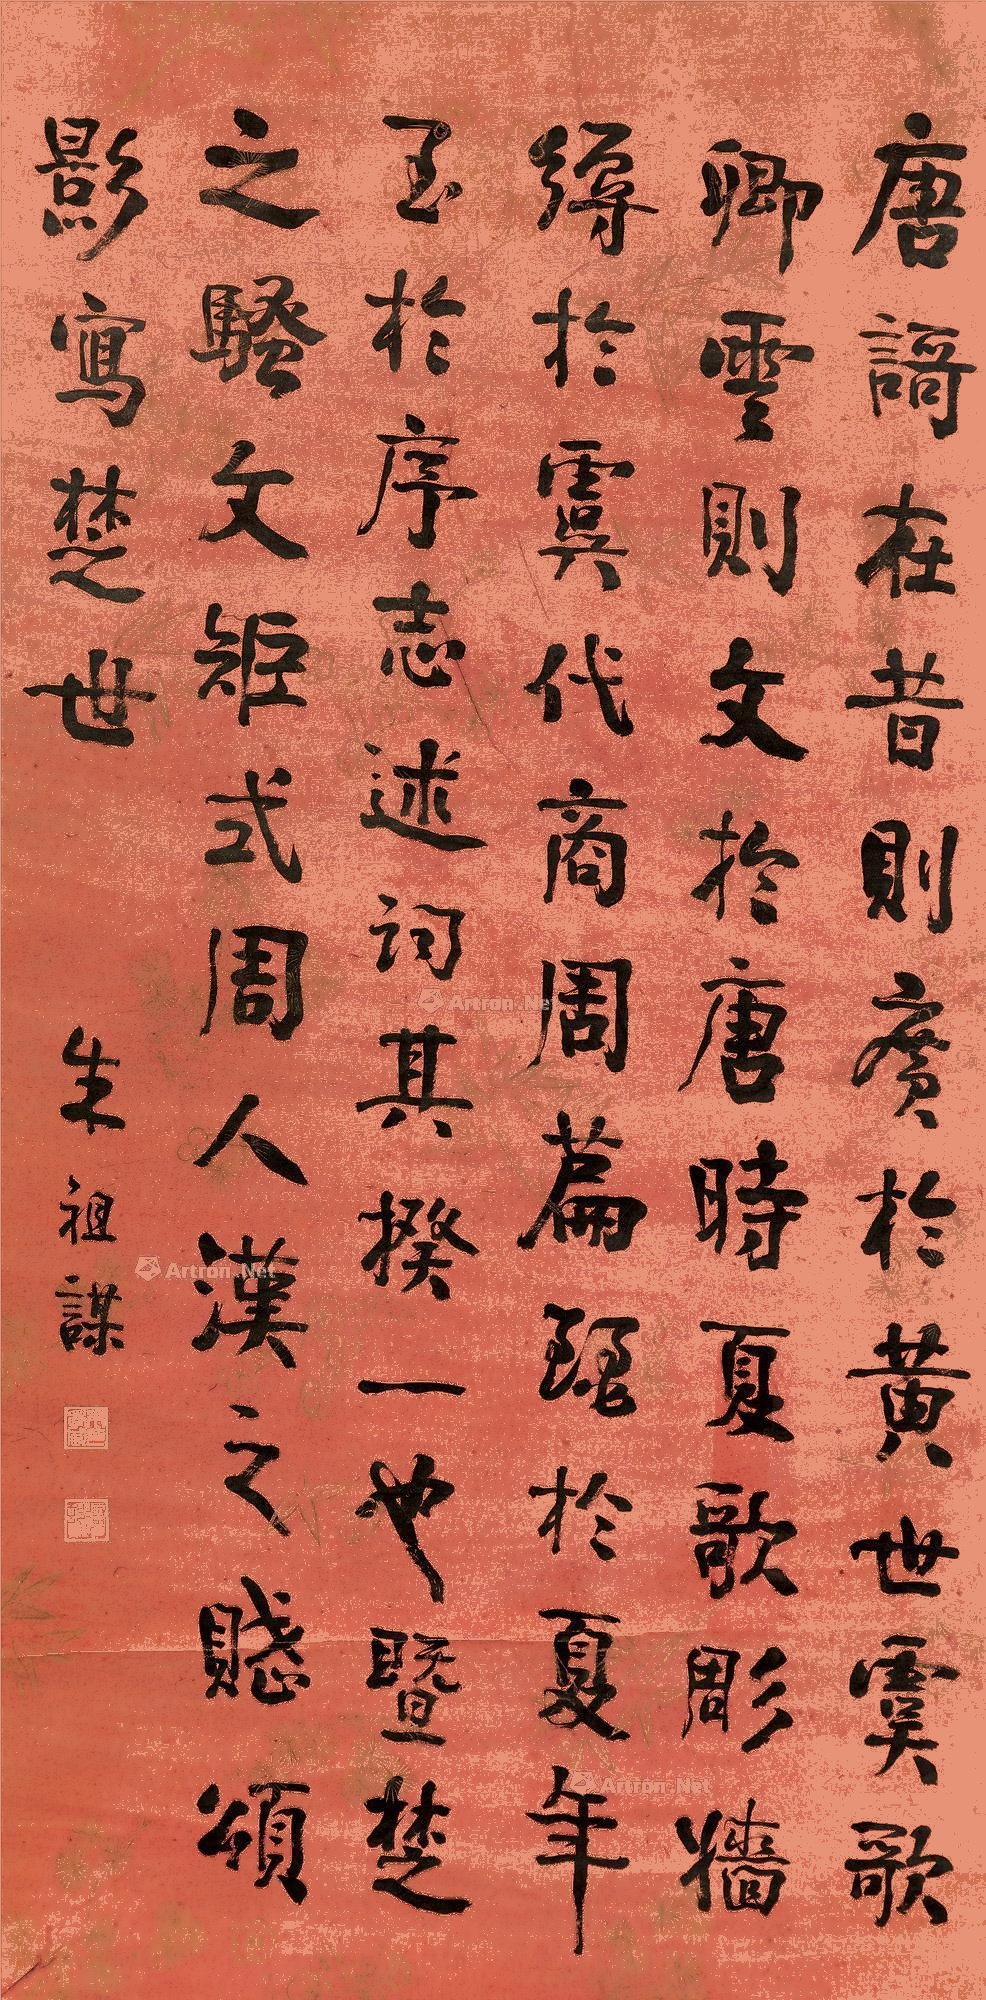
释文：唐歌在昔，则广于黄世；虞歌《卿云》，则文于唐时；夏歌雕墙，缛于虞代；商周篇，丽于夏年。至于序志述词，其揆一也。暨楚之骚文，矩式周人；汉之赋颂，影写楚世。朱祖谋。